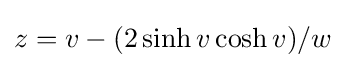
z=v-(2\sinh v\cosh v)/w